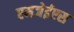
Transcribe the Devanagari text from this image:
एमजेईएस